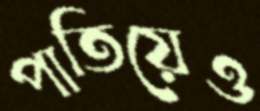
পাতিয়েও